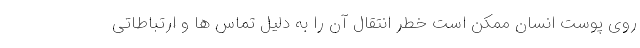
روی پوست انسان ممکن است خطر انتقال آن را به دلیل تماس ها و ارتباطاتی